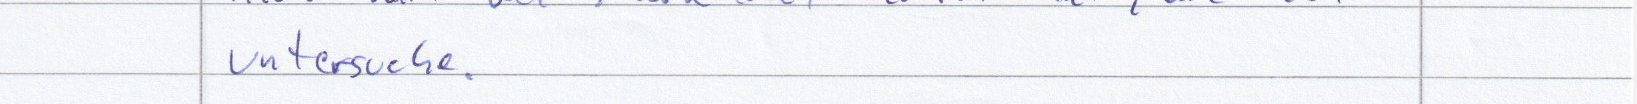
untersuche